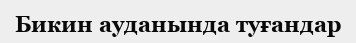
Бикин ауданында туғандар